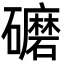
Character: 礳